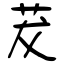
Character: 茇